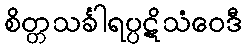
စိတ္တသင်္ခါရပ္ပဋိသံဝေဒီ